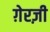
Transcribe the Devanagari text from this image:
ग़ेरज़ी